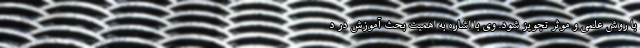
با روش علمی و موثر تجویز شود. وی با اشاره به اهمیت بحث آموزش در د